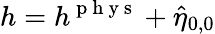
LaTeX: h=h^{\mathrm{~p~h~y~s~}}+\hat{\eta}_{0,0}